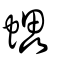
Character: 蠝